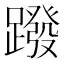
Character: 蹳